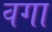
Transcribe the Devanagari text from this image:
वगा